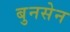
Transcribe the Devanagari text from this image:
बुनसेन